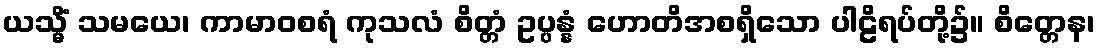
ယသ္မိံ သမယေ၊ ကာမာဝစရံ ကုသလံ စိတ္တံ ဥပ္ပန္နံ ဟောတိအစရှိသော ပါဠိရပ်တို့၌။ စိတ္တေန၊